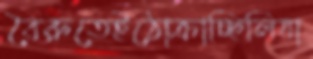
বৈরুতেইঠোক্‌রাচ্ছিলিযা